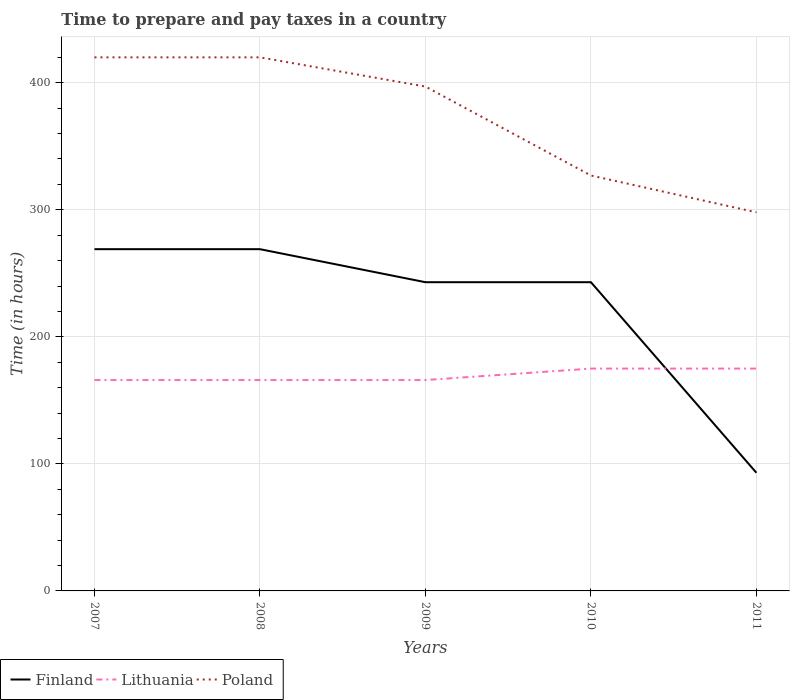
| Years | Finland | Lithuania | Poland |
 | --- | --- | --- | --- |
 | 2007 | 269 | 166 | 420 |
 | 2008 | 269 | 166 | 420 |
 | 2009 | 243 | 166 | 397 |
 | 2010 | 243 | 175 | 327 |
 | 2011 | 93 | 175 | 298 |